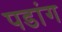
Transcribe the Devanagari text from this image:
पडांग